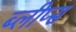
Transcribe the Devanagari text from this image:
ब्लीप्स